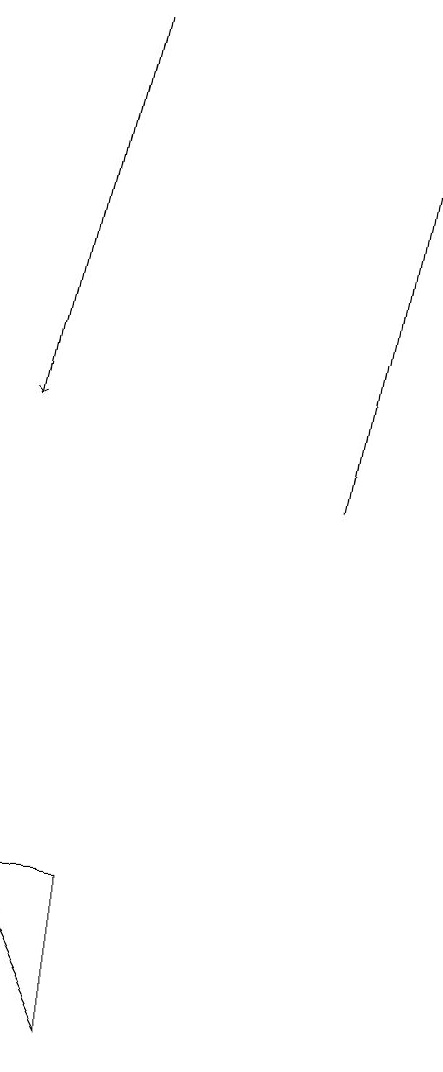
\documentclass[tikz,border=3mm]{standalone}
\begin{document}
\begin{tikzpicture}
\draw[->] (5,19) -- (4,14);
\draw[->] (8,13) -- (9,19);
\draw (5,6) -- (5,8) -- (4,8) -- cycle;
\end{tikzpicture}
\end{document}